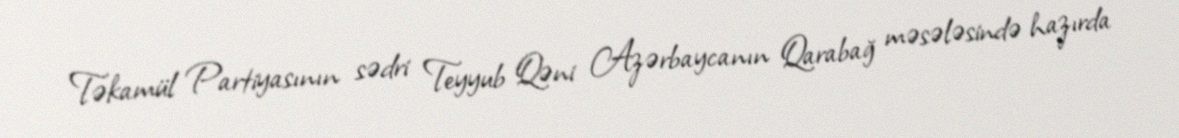
Təkamül Partiyasının sədri Teyyub Qəni Azərbaycanın Qarabağ məsələsində hazırda